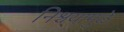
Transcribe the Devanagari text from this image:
निश्चयामुळे